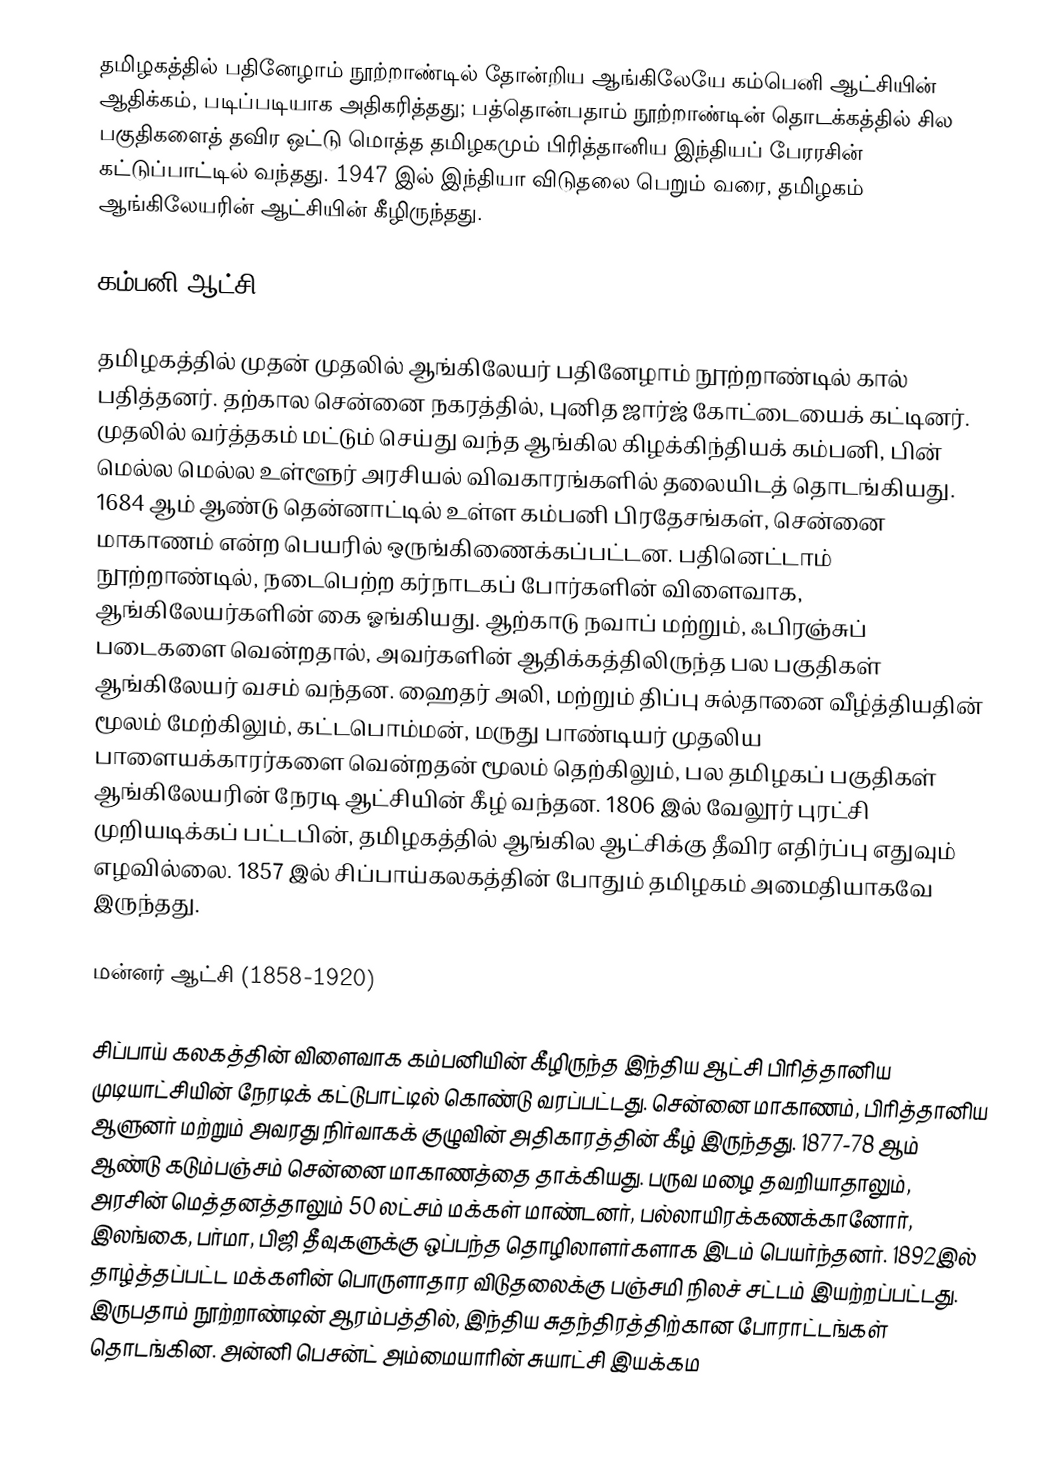
தமிழகத்தில் பதினேழாம் நூற்றாண்டில் தோன்றிய ஆங்கிலேயே கம்பெனி ஆட்சியின் ஆதிக்கம், படிப்படியாக அதிகரித்தது; பத்தொன்பதாம் நூற்றாண்டின் தொடக்கத்தில் சில பகுதிகளைத் தவிர ஒட்டு மொத்த தமிழகமும் பிரித்தானிய இந்தியப் பேரரசின் கட்டுப்பாட்டில் வந்தது. 1947 இல் இந்தியா விடுதலை பெறும் வரை, தமிழகம் ஆங்கிலேயரின் ஆட்சியின் கீழிருந்தது.

கம்பனி ஆட்சி (1684-1858)

தமிழகத்தில் முதன் முதலில் ஆங்கிலேயர் பதினேழாம் நூற்றாண்டில் கால் பதித்தனர். தற்கால சென்னை நகரத்தில், புனித ஜார்ஜ் கோட்டையைக் கட்டினர். முதலில் வர்த்தகம் மட்டும் செய்து வந்த ஆங்கில கிழக்கிந்தியக் கம்பனி, பின் மெல்ல மெல்ல உள்ளூர் அரசியல் விவகாரங்களில் தலையிடத் தொடங்கியது. 1684 ஆம் ஆண்டு தென்னாட்டில் உள்ள கம்பனி பிரதேசங்கள், சென்னை மாகாணம் என்ற பெயரில் ஒருங்கிணைக்கப்பட்டன. பதினெட்டாம் நூற்றாண்டில், நடைபெற்ற கர்நாடகப் போர்களின் விளைவாக, ஆங்கிலேயர்களின் கை ஓங்கியது. ஆற்காடு நவாப் மற்றும், ஃபிரஞ்சுப் படைகளை வென்றதால், அவர்களின் ஆதிக்கத்திலிருந்த பல பகுதிகள் ஆங்கிலேயர் வசம் வந்தன. ஹைதர் அலி, மற்றும் திப்பு சுல்தானை வீழ்த்தியதின் மூலம் மேற்கிலும், கட்டபொம்மன், மருது பாண்டியர் முதலிய பாளையக்காரர்களை வென்றதன் மூலம் தெற்கிலும், பல தமிழகப் பகுதிகள் ஆங்கிலேயரின் நேரடி ஆட்சியின் கீழ் வந்தன. 1806 இல் வேலூர் புரட்சி முறியடிக்கப் பட்டபின், தமிழகத்தில் ஆங்கில ஆட்சிக்கு தீவிர எதிர்ப்பு எதுவும் எழவில்லை. 1857 இல் சிப்பாய்கலகத்தின் போதும் தமிழகம் அமைதியாகவே இருந்தது.

மன்னர் ஆட்சி (1858-1920)

சிப்பாய் கலகத்தின் விளைவாக கம்பனியின் கீழிருந்த இந்திய ஆட்சி பிரித்தானிய முடியாட்சியின் நேரடிக் கட்டுபாட்டில் கொண்டு வரப்பட்டது. சென்னை மாகாணம், பிரித்தானிய ஆளுனர் மற்றும் அவரது நிர்வாகக் குழுவின் அதிகாரத்தின் கீழ் இருந்தது. 1877-78 ஆம் ஆண்டு கடும்பஞ்சம் சென்னை மாகாணத்தை தாக்கியது. பருவ மழை தவறியாதாலும், அரசின் மெத்தனத்தாலும் 50 லட்சம் மக்கள் மாண்டனர், பல்லாயிரக்கணக்கானோர், இலங்கை, பர்மா, பிஜி தீவுகளுக்கு ஒப்பந்த தொழிலாளர்களாக இடம் பெயர்ந்தனர். 1892இல் தாழ்த்தப்பட்ட மக்களின் பொருளாதார விடுதலைக்கு பஞ்சமி நிலச் சட்டம் இயற்றப்பட்டது. இருபதாம் நூற்றாண்டின் ஆரம்பத்தில், இந்திய சுதந்திரத்திற்கான போராட்டங்கள் தொடங்கின. அன்னி பெசன்ட் அம்மையாரின் சுயாட்சி இயக்கம